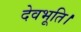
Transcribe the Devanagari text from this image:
देवभूति।